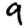
Digit: 9